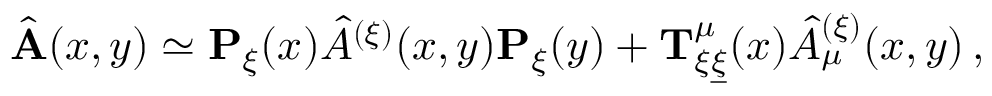
\hat { \bf A } ( x , y ) \simeq { \bf P } _ { \xi } ( x ) \hat { A } ^ { ( \xi ) } ( x , y ) { \bf P } _ { \xi } ( y ) + { \bf T } _ { \xi \underline { { { \xi } } } } ^ { \mu } ( x ) \hat { A } _ { \mu } ^ { ( \xi ) } ( x , y ) \, ,